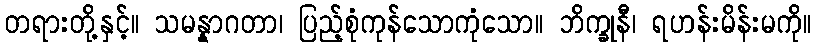
တရားတို့နှင့်။ သမန္နာဂတာ၊ ပြည့်စုံကုန်သောကုံသော။ ဘိက္ခုနီ၊ ရဟန်းမိန်းမကို။